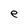
Character: e